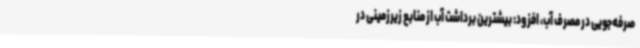
صرفه‌جویی در مصرف آب، افزود: بیشترین برداشت آب از منابع زیرزمینی در